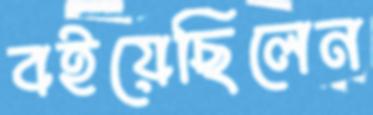
বইয়েছিলেন